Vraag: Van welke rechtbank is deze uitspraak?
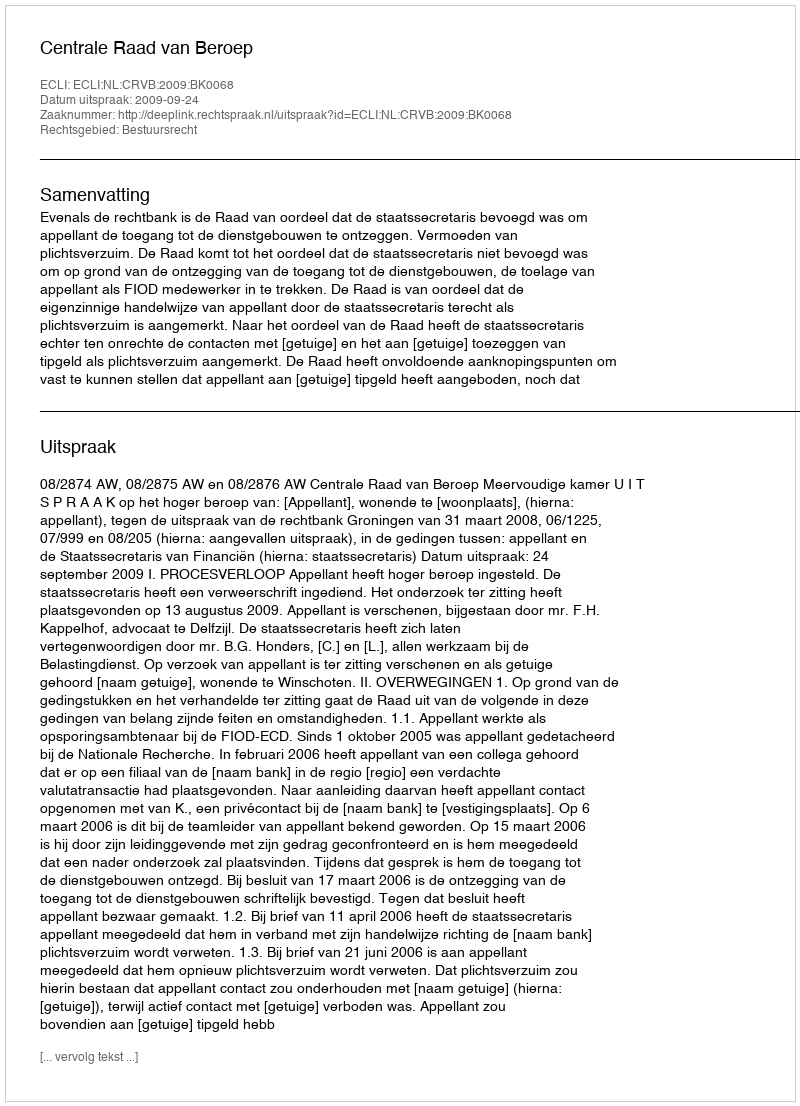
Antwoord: Centrale Raad van Beroep